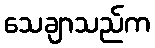
သေချာသည်က